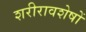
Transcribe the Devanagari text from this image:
शरीरावशेषों